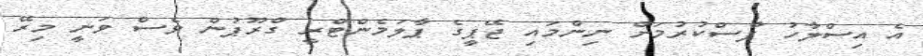
އެ އިސްލާހު ފާސްކުރުމަށް ނިންމައި ޖޭޕީގެ ޕާލަމެންޓްރީ ގްރޫޕުން ވެސް ވަނީ މިރޭ